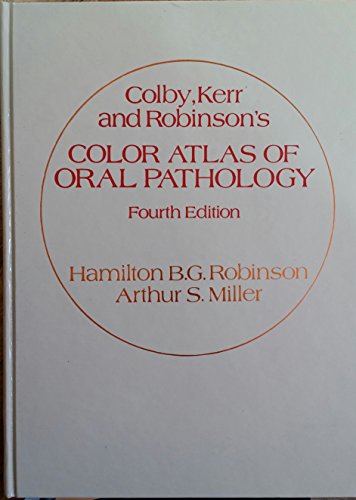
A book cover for Colby, Kerr, and Robinson's Color Atlas of Oral Pathology: Histology and Embryology; Robert A. Colby; Medical Books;